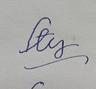
Signature authenticity: forged